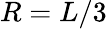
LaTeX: R=L/3